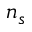
n _ { s }